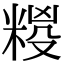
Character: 𮇩